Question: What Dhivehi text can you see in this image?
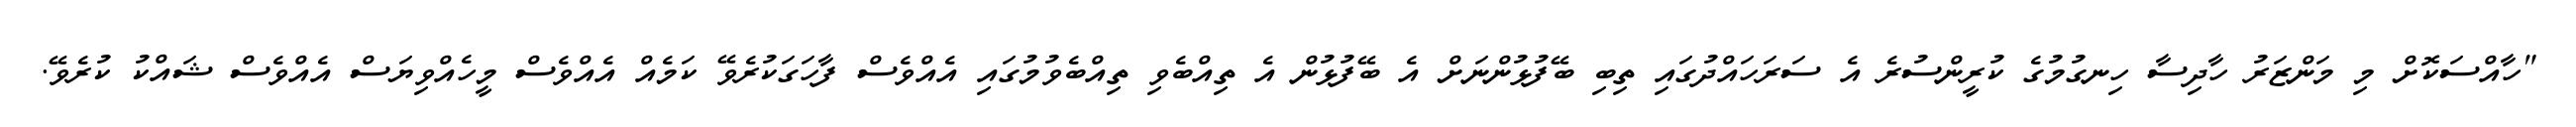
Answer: "ހާއްސަކޮށް މި މަންޒަރު ހާދިސާ ހިނގުމުގެ ކުރީންސުރެ އެ ސަރަހައްދުގައި ތިބި ބޭފުޅުންނަށް އެ ބޭފުޅުން އެ ތިއްބެވި ތިއްބެވުމުގައި އެއްވެސް ފާހަގަކުރެވޭ ކަމެއް އެއްވެސް މީހެއްވިޔަސް އެއްވެސް ޝައްކު ކުރެވޭ.